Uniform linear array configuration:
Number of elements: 12
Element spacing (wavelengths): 0.25
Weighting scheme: exponential
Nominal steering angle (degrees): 60
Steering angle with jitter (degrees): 59.908
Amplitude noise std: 0.05
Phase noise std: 0.05

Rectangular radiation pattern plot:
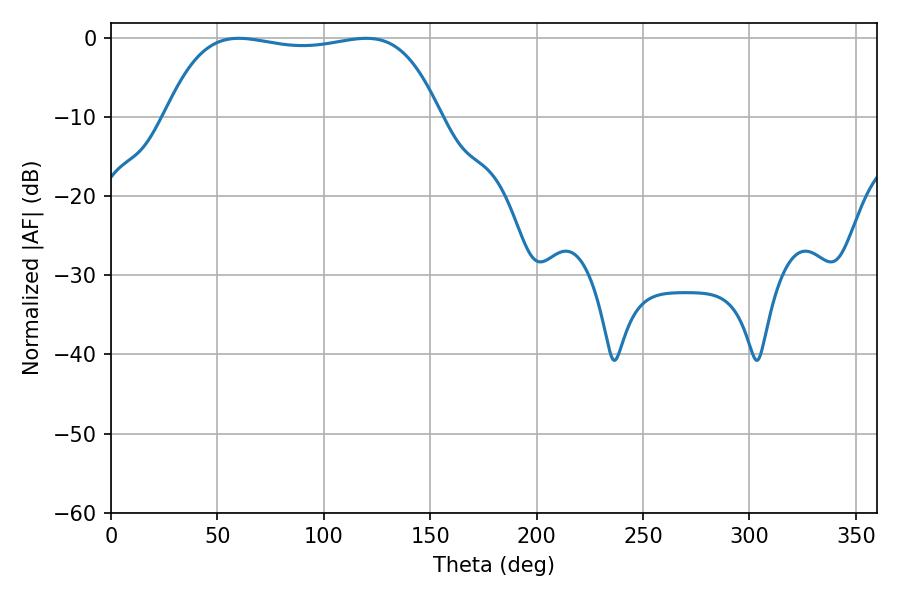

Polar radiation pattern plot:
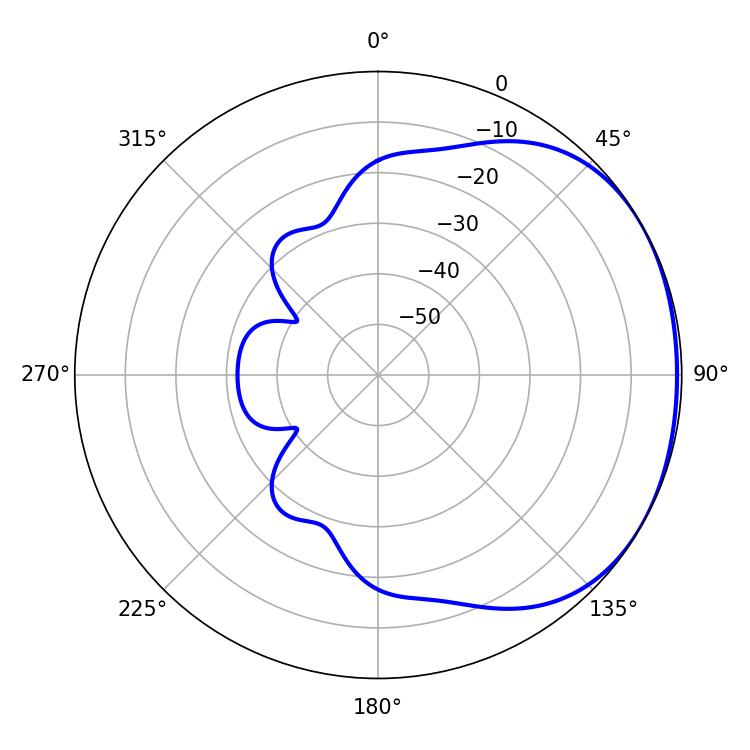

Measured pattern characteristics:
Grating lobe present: FALSE
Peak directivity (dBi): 1.399
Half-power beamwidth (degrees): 102.6
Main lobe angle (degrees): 60.12